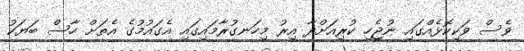
ވެސް ވަކިކޮޅެއްގައި ނުޖެހި ކުރިއަށްދާ އިރު މިހަނގުރާމައިގައި އެގައުމުގެ އެތަށް ހާސް ބަޔަކު